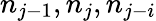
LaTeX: n_{j-1},n_{j},n_{j-i}